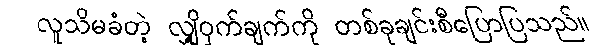
လူသိမခံတဲ့ လျှို့ဝှက်ချက်ကို တစ်ခုချင်းစီပြောပြသည်။